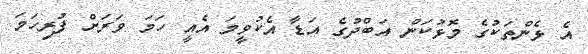
އެ ޅެންތަކުގެ މޮޅުކަން އަބްދުގެ އަޑާ އެކުވީމަ އެއީ ހަމަ ވަރަށް ފުރިހަމަ